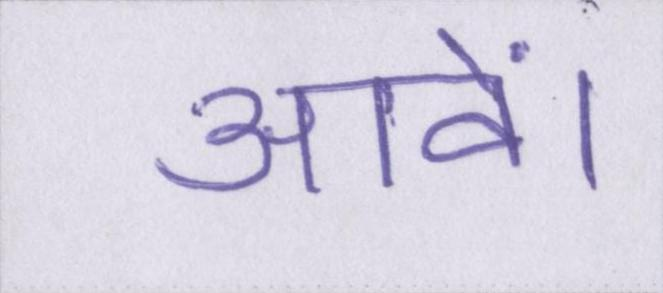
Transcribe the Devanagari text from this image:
आवें।